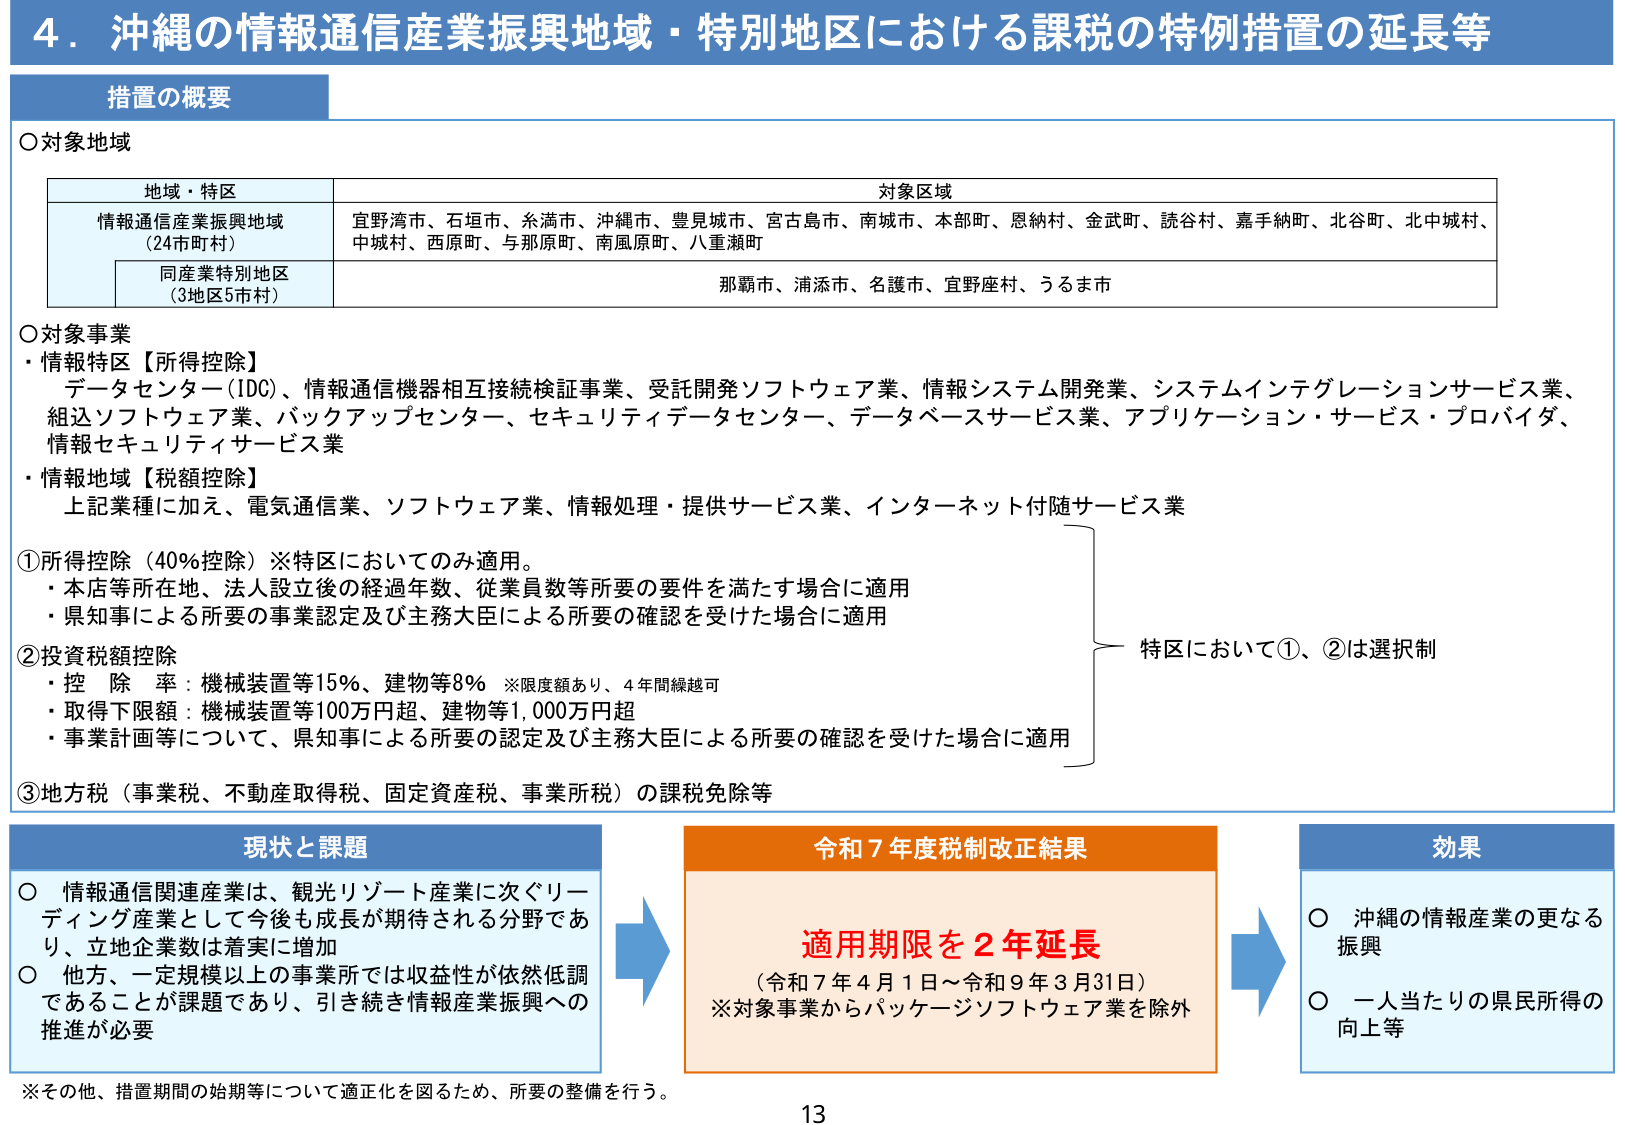
4．沖縄の情報通信産業振興地域・特別地区における課税の特例措置の延長等

措置の概要

○対象地域

地域・特区　　　　　　　　　　　　　　　　　　　　　　　　　　　　　　　　　　　　　　　対象区域

情報通信産業振興地域　　　　　　　　　　　　　　　　　　　　　　　　　　　　　　　　　宜野湾市、石垣市、糸満市、沖縄市、豊見城市、宮古島市、南城市、本部町、恩納村、金武町、読谷村、嘉手納町、北谷町、北中城村、中城村、西原町、与那原町、南風原町、八重瀬町
（24市町村）

同産業特別地区　　　　　　　　　　　　　　　　　　　　　　　　　　　　　　　　　　　那覇市、浦添市、名護市、宜野座村、うるま市
（3地区5市村）

○対象事業
・情報特区【所得控除】
　データセンター（IDC）、情報通信機器相互接続検証事業、受託開発ソフトウェア業、情報システム開発業、システムインテグレーションサービス業、組込ソフトウェア業、バックアップセンター、セキュリティデータセンター、データベースサービス業、アプリケーション・サービス・プロバイダ、情報セキュリティサービス業
・情報地域【税額控除】
　上記業種に加え、電気通信業、ソフトウェア業、情報処理・提供サービス業、インターネット付随サービス業

①所得控除（40％控除）※特区においてのみ適用。
　・本店等所在地、法人設立後の経過年数、従業員数等所要の要件を満たす場合に適用
　・県知事による所要の事業認定及び主務大臣による所要の確認を受けた場合に適用

②投資税額控除
　・控除率：機械装置等15％、建物等8％　※限度額あり、4年間繰越可
　・取得下限額：機械装置等100万円超、建物等1,000万円超
　・事業計画等について、県知事による所要の認定及び主務大臣による所要の確認を受けた場合に適用

③地方税（事業税、不動産取得税、固定資産税、事業所税）の課税免除等

特区において①、②は選択制

現状と課題

○ 情報通信関連産業は、観光リゾート産業に次ぐリーディング産業として今後も成長が期待される分野であり、立地企業数は着実に増加
○ 他方、一定規模以上の事業所では収益性が依然低調であることが課題であり、引き続き情報産業振興への推進が必要

令和7年度税制改正結果

適用期限を2年延長
（令和7年4月1日～令和9年3月31日）
※対象事業からパッケージソフトウェア業を除外

効果

○ 沖縄の情報産業の更なる振興
○ 一人当たりの県民所得の向上等

※その他、措置期間の始期等について適正化を図るため、所要の整備を行う。

13